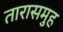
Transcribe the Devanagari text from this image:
तारासमुह